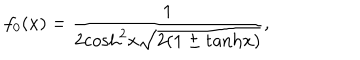
LaTeX: f _ { 0 } ( x ) = \frac { 1 } { 2 \mathrm { c o s h } ^ { 2 } x \sqrt { 2 ( 1 \pm \mathrm { t a n h } x ) } } ,